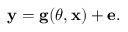
\begin{array} { r } { \mathbf { y } = \mathbf { g } ( \boldsymbol { \theta } , \mathbf { x } ) + \mathbf { e } . } \end{array}